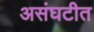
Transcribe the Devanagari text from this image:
असंघटीत